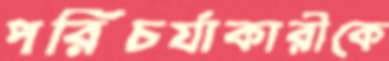
পরিচর্যাকারীকে